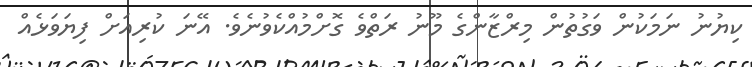
ކިޔުނު ނަމަކުން ވަގުތުން މިރްޒާންގެ މޫނު ރަތްވެ ގޮށްމުއްކެވުނެވެ. އޭނަ ކުރިއަށް ފިޔަވަޅެއް